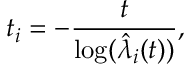
t _ { i } = - \frac { t } { \log ( \hat { \lambda } _ { i } ( t ) ) } ,